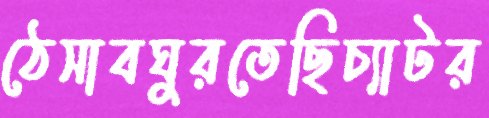
ঠেসাবঘুরতেছিচ্যাটর